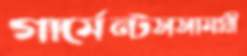
গার্মেন্টসসামগ্রী